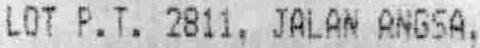
LOT P.T. 2811, JALAN ANGSA,